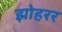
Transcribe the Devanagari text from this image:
झोहरर